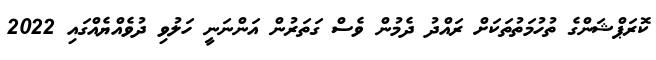
ކޮރަޕްޝަންގެ ތުހުމަތުތަކަށް ރައްދު ދެމުން ވެސް ގަތަރުން އަންނަނީ ހަލުވި ދުވެއްޔެއްގައި 2022